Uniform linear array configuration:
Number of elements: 12
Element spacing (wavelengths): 0.5
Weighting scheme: exponential
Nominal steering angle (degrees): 45
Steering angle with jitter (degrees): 43.899
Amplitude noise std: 0.05
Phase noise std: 0.05

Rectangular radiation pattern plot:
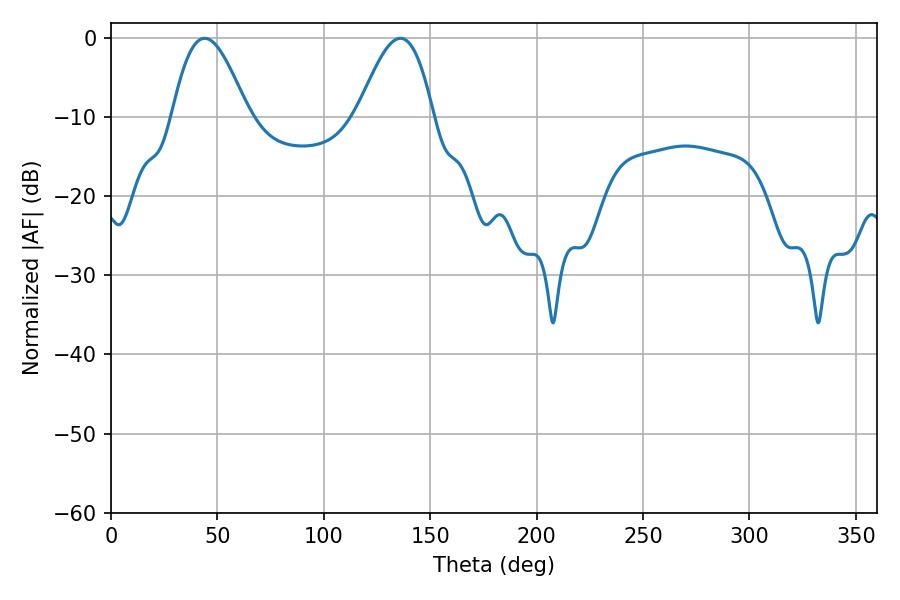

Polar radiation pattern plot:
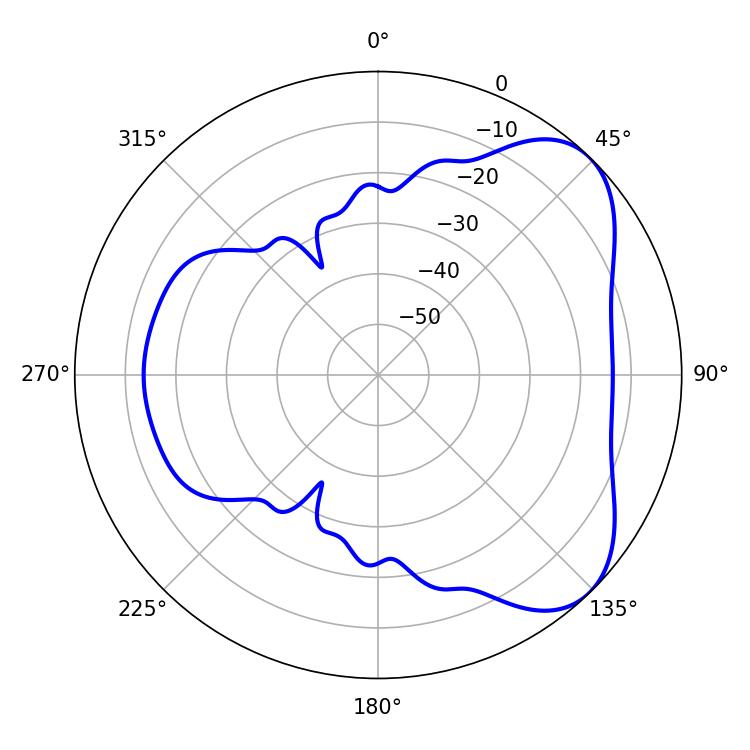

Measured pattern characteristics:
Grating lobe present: FALSE
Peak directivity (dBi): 5.834
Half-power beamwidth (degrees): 19.08
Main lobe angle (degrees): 43.92